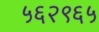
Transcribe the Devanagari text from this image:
५६२९६५